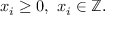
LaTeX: x _ { i } \geq 0 , \ x _ { i } \in \mathbb { Z } .